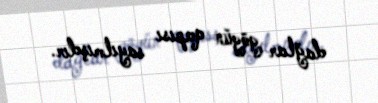
dağlar göyün qapısı sayılmışdır.